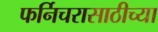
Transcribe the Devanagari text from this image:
फर्निचरासाठीच्या